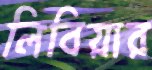
লিবিয়ার